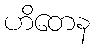
ဟိတေန